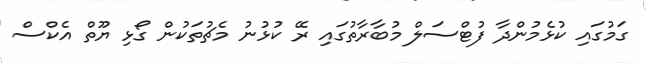
ގަމުގައި ކުޅެމުންދާ ފުޓްސަލް މުބާރާތުގައި ރޭ ކުޅުނު މެޗުތަކުން ގޯޅި ޔޫތް އެކްސް